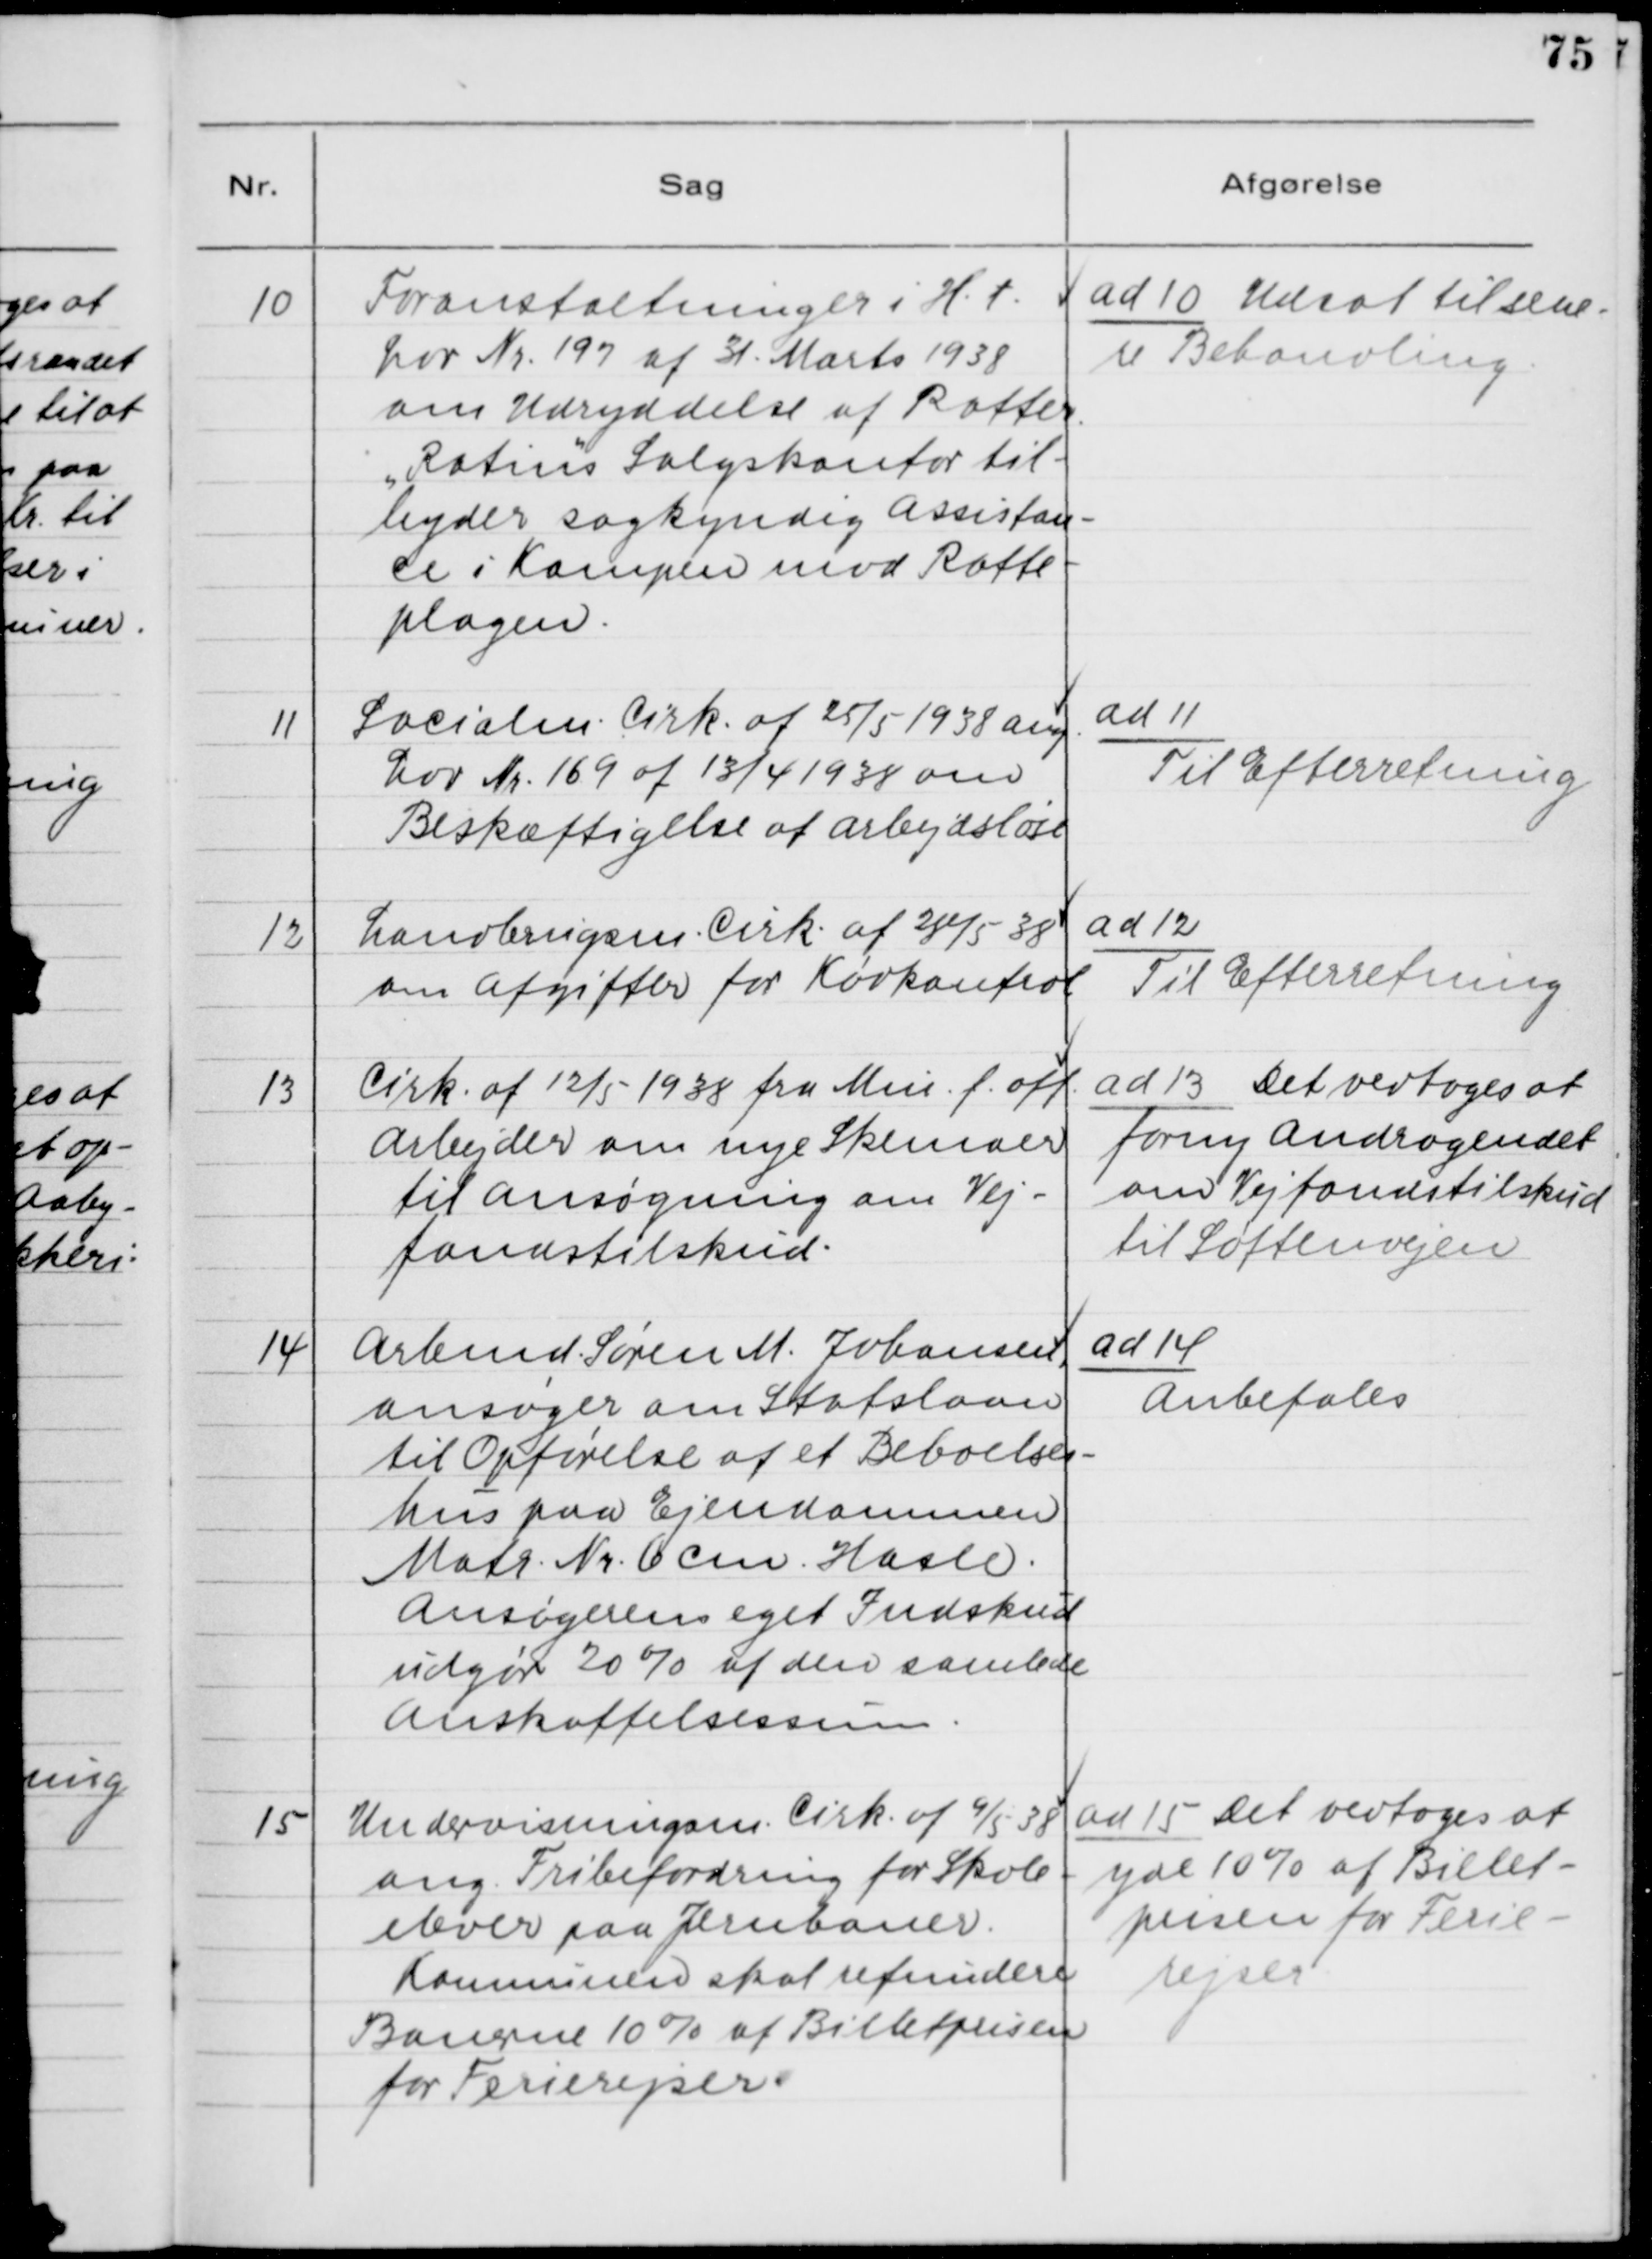
Transskription:
10. Foranstaltninger i H.t.
Lov Nr. 197 af 31. Marts 1938
om Udryddelse af Rotter.
"Rotinus" Salgskontor til-
byder sagkyndig Assistan-
ce i Kampen mod Rotte-
plagen.

ad 10. Udsat til sene-
re Behandling.

11. Socialm. Cirk. af 25/5 1938 ang.
Lov Nr. 169 af 13/4 1938 om
Beskæftigelse af Arbejdsløse.

ad 11.
Til Efterretning.

12. Landbrugsm. Cirk. af 24/5 38
om Afgifter for Kødkontrol.

ad 12.
Til Efterretning.

13. Cirk. af 12/5 1938 fra Min. f. off.
Arbejder om nye Skemaer
til Ansøgning om Vej-
fondstilskud.

ad 13. Det vedtoges at
forny Andragendet
om Vejfondstilskud
til Søftenvejen.

14. Arbmd. Søren M. Johansen,
ansøger om Statslaan
til Opførelse af et Beboelses-
hus paa Ejendommen
Matr. Nr. 6 cm, Hasle.
Ansøgerens eget Indskud
udgør 20% af den samlede
Anskaffelsessum.

ad 14.
Anbefales.

15. Undervisningsm. Cirk. af 9/5 38
ang. Fribefordring for Skole-
elever paa Jernbaner.
Kommunen skal refundere
Banerne 10% af Billetprisen
for Ferierejser.

ad 15. Det vedtoges at
yde 10% af Billet-
prisen for Ferie-
rejser.